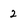
Character: 2